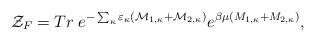
LaTeX: \begin{align*}{\cal Z}_F= Tr\; e^{-\sum_\kappa \varepsilon_\kappa({\cal M}_{1,\kappa}+{\cal M}_{2,\kappa})}e^{\beta\mu(M_{1,\kappa}+M_{2,\kappa})},\end{align*}